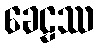
ခေဠဿ